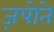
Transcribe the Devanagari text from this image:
ज़पोते